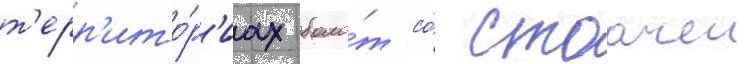
т'ерр'ито́р'иах боло́т со́ стоачеи